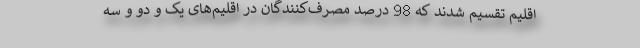
اقلیم تقسیم شدند که 98 درصد مصرف‌کنندگان در اقلیم‌های یک و دو و سه